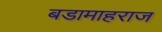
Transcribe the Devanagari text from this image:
बडामाहराज